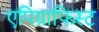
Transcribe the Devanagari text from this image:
एपिग्राफिस्ट